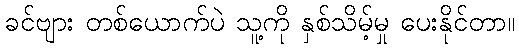
ခင်ဗျား တစ်ယောက်ပဲ သူ့ကို နှစ်သိမ့်မှု ပေးနိုင်တာ။